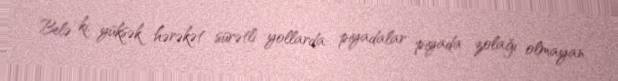
Belə ki, yüksək hərəkət sürətli yollarda piyadalar piyada zolağı olmayan